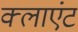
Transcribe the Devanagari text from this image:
क्‍लाएंट